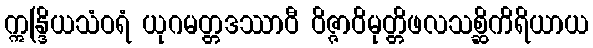
ဣန္ဒြိယသံဝရံ ယုဂမတ္တဒဿာဝီ ဝိဇ္ဇာဝိမုတ္တိဖလသစ္ဆိကိရိယာယ